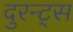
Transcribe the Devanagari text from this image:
दुरन्ट्स